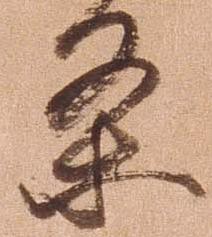
条